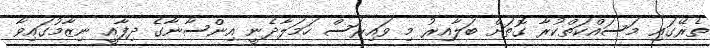
ތެރޭގައި މަސައްކަތްކުރާ ގޮތަށް ބަލާއިރު މި ވައިރަސް ހަމަލާދެނީ އިންސާނާގެ ދިފާއީ ނިޒާމުގައިވާ